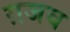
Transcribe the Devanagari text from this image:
ग़जब